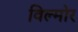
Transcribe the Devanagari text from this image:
विल्मोर